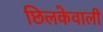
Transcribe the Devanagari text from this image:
छिलकेवाली